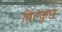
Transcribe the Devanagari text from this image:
बिल्कुछ